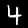
Digit: 4